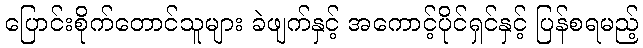
ပြောင်းစိုက်တောင်သူများ ခဲဖျက်နှင့် အကောင့်ပိုင်ရှင်နှင့် ပြန်စရမည့်